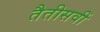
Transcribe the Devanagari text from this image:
तैतीसवीं